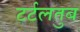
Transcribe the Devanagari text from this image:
टर्टलतुब